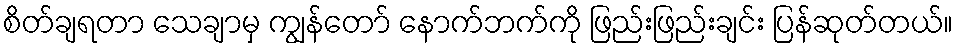
စိတ်ချရတာ သေချာမှ ကျွန်တော် နောက်ဘက်ကို ဖြည်းဖြည်းချင်း ပြန်ဆုတ်တယ်။